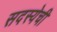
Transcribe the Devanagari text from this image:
सदस्येची